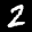
Label: 2